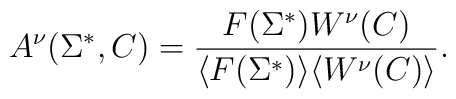
A^{\nu}(\Sigma^{*}, C) = {F(\Sigma^{*})W^{\nu}(C) \over  \langle F(\Sigma^*) \rangle\langle W^{\nu}(C)\rangle}.